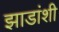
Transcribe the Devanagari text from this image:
झाडांशी